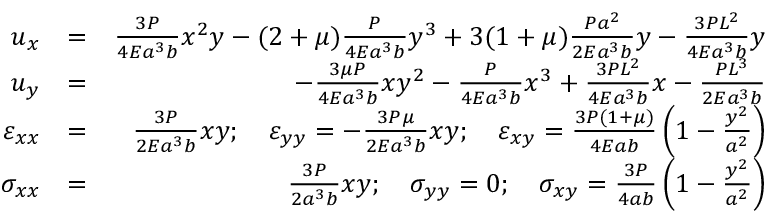
\begin{array} { r l r } { u _ { x } } & { = } & { \frac { 3 P } { 4 E a ^ { 3 } b } x ^ { 2 } y - ( 2 + \mu ) \frac { P } { 4 E a ^ { 3 } b } y ^ { 3 } + 3 ( 1 + \mu ) \frac { P a ^ { 2 } } { 2 E a ^ { 3 } b } y - \frac { 3 P L ^ { 2 } } { 4 E a ^ { 3 } b } y } \\ { u _ { y } } & { = } & { - \frac { 3 \mu P } { 4 E a ^ { 3 } b } x y ^ { 2 } - \frac { P } { 4 E a ^ { 3 } b } x ^ { 3 } + \frac { 3 P L ^ { 2 } } { 4 E a ^ { 3 } b } x - \frac { P L ^ { 3 } } { 2 E a ^ { 3 } b } } \\ { \varepsilon _ { x x } } & { = } & { \frac { 3 P } { 2 E a ^ { 3 } b } x y ; \quad \varepsilon _ { y y } = - \frac { 3 P \mu } { 2 E a ^ { 3 } b } x y ; \quad \varepsilon _ { x y } = \frac { 3 P ( 1 + \mu ) } { 4 E a b } \left( 1 - \frac { y ^ { 2 } } { a ^ { 2 } } \right) } \\ { \sigma _ { x x } } & { = } & { \frac { 3 P } { 2 a ^ { 3 } b } x y ; \quad \sigma _ { y y } = 0 ; \quad \sigma _ { x y } = \frac { 3 P } { 4 a b } \left( 1 - \frac { y ^ { 2 } } { a ^ { 2 } } \right) } \end{array}